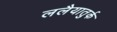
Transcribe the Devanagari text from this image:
ललैयातुर्क